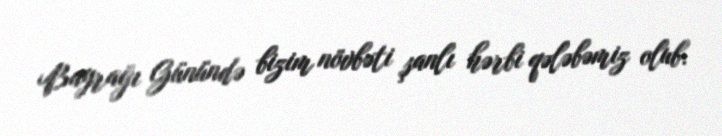
Bayrağı Günündə bizim növbəti şanlı hərbi qələbəmiz olub.